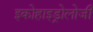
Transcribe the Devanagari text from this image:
इकोहाइड्रोलोजी